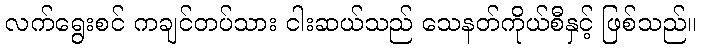
လက်ရွေးစင် ကချင်တပ်သား ငါးဆယ်သည် သေနတ်ကိုယ်စီနှင့် ဖြစ်သည်။